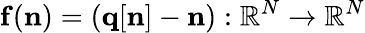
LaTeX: {\mathbf f}({\mathbf n})=({\mathbf q}[{\mathbf n}]-{\mathbf n}):\mathbb{R}^{N}\rightarrow\mathbb{R}^{N}